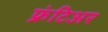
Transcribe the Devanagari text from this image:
फ्रंटिअर